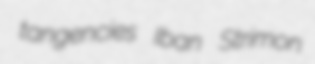
tangencies Iban Strimon